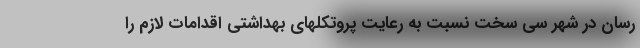
رسان در شهر سی سخت نسبت به رعایت پروتکلهای بهداشتی اقدامات لازم را